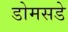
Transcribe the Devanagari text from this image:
डोमसडे